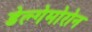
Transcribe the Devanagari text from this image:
डेल्गेमोरोन